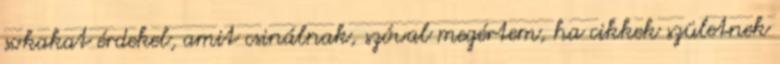
sokakat érdekel, amit csinálnak, szóval megértem, ha cikkek születnek